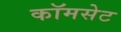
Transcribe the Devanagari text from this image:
कॉमसेट